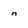
Character: n